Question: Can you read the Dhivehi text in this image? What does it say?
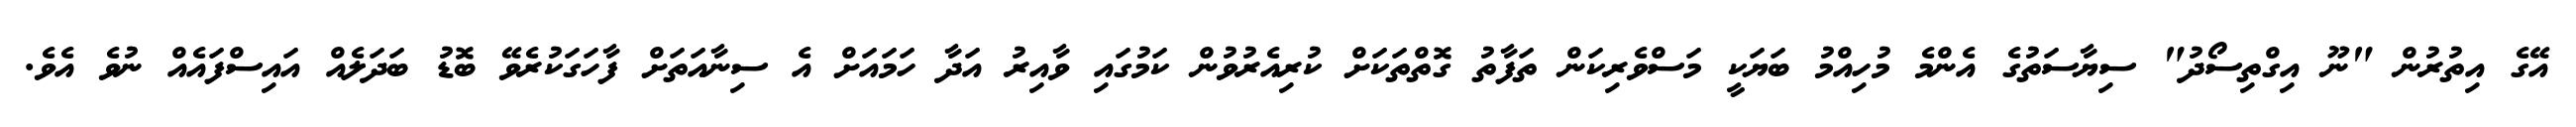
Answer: އޭގެ އިތުރުން "ނޫ އިގްތިސޯދު" ސިޔާސަތުގެ އެންމެ މުހިއްމު ބަޔަކީ މަސްވެރިކަން ތަފާތު ގޮތްތަކަށް ކުރިއެރުވުން ކަމުގައި ވާއިރު އަދާ ހަމައަށް އެ ސިނާއަތަށް ފާހަގަކުރެވޭ ބޮޑު ބަދަލެއް އައިސްފައެއް ނުވެ އެވެ.